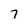
Character: 7